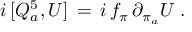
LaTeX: i \, [ Q _ { a } ^ { 5 } , U ] \, = \, i \, f _ { \pi } \, \partial _ { \pi _ { a } } U \; .